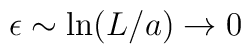
\epsilon \sim {\rm ln}(L/a)\to 0